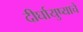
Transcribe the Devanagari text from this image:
दीर्घायुष्याचे